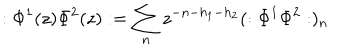
LaTeX: : \Phi ^ { 1 } ( z ) \Phi ^ { 2 } ( z ) : = \sum _ { n } z ^ { - n - h _ { 1 } - h _ { 2 } } ( : \Phi ^ { 1 } \Phi ^ { 2 } : ) _ { n }